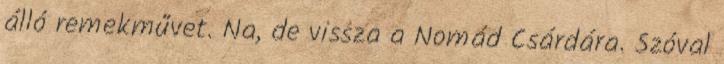
álló remekművet. Na, de vissza a Nomád Csárdára. Szóval